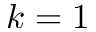
k = 1